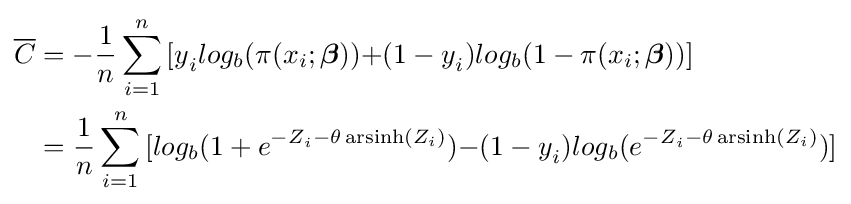
{\begin{aligned}{\overline {C}}&=-{\frac {1}{n}}\sum _{i=1}^{n}{{[y}_{i}log_{b}(\pi (x_{i};{\boldsymbol {\beta }}))+}{(1-y}_{i})log_{b}(1-\pi (x_{i};{\boldsymbol {\beta }}))]\\&={\frac {1}{n}}\sum _{i=1}^{n}{[log_{b}(1+e^{{-Z}_{i}-\theta \operatorname {arsinh} (Z_{i})})-}{(1-y}_{i})log_{b}(e^{{-Z}_{i}-\theta \operatorname {arsinh} (Z_{i})})]\end{aligned}}